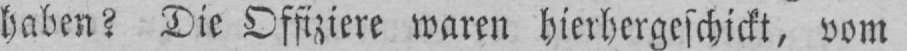
haben? Die Offiziere waren hierhergeschickt, vom